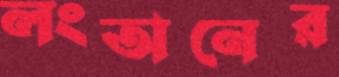
লংঅনের